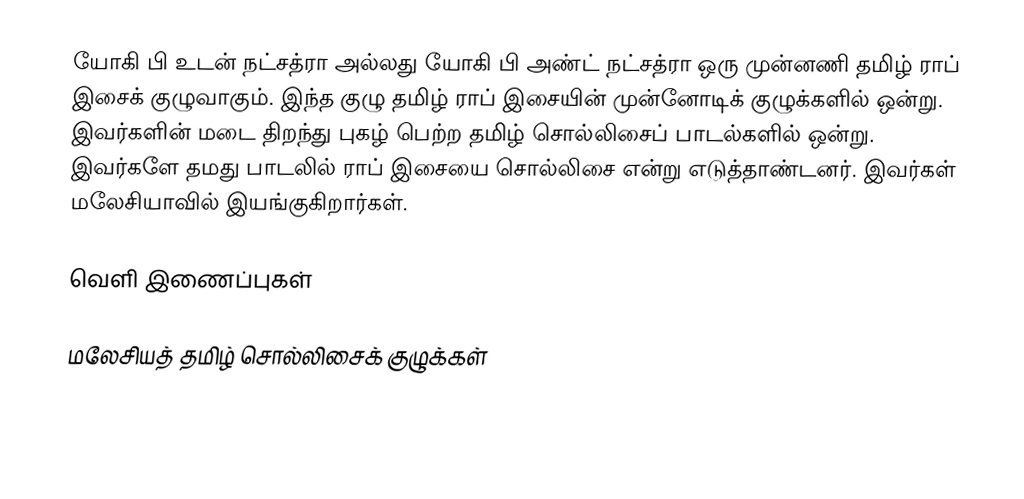
யோகி பி உடன் நட்சத்ரா அல்லது யோகி பி அண்ட் நட்சத்ரா ஒரு முன்னணி தமிழ் ராப் இசைக் குழுவாகும்.  இந்த குழு தமிழ் ராப் இசையின் முன்னோடிக் குழுக்களில் ஒன்று.  இவர்களின் மடை திறந்து  புகழ் பெற்ற தமிழ் சொல்லிசைப் பாடல்களில் ஒன்று.  இவர்களே தமது பாடலில் ராப் இசையை சொல்லிசை என்று எடுத்தாண்டனர்.  இவர்கள் மலேசியாவில் இயங்குகிறார்கள்.

வெளி இணைப்புகள்

மலேசியத் தமிழ் சொல்லிசைக் குழுக்கள்